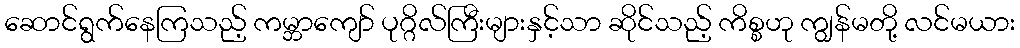
ဆောင်ရွက်နေကြသည့် ကမ္ဘာကျော် ပုဂ္ဂိလ်ကြီးများနှင့်သာ ဆိုင်သည့် ကိစ္စဟု ကျွန်မတို့ လင်မယား